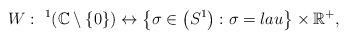
LaTeX: \begin{gather*}W: \ ^1(\mathbb C \setminus\{0\}) \leftrightarrow \big\{\sigma \in \big(S^1\big):\sigma=lau\big\}\times\mathbb R^+,\end{gather*}